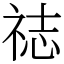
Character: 䄊